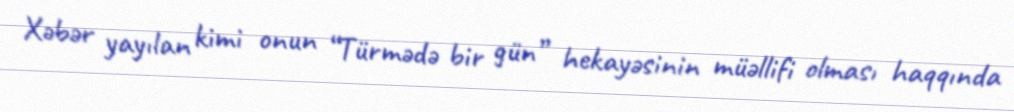
Xəbər yayılan kimi onun “Türmədə bir gün” hekayəsinin müəllifi olması haqqında